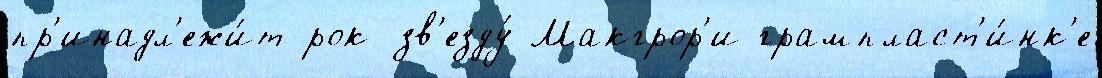
пр'инадл'ежи́т рок-зв'езду́ Макгрор'и грампласт'и́нк'е